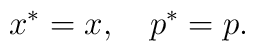
x^{\ast} = x ,\quad p^{\ast} = p.